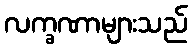
လက္ခဏာများသည်